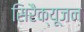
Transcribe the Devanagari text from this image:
सिरैक्यूजन